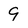
Character: 9